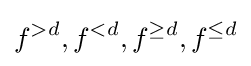
f^{>d},f^{<d},f^{\geq d},f^{\leq d}